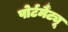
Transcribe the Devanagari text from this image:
पोर्टमैंट्यू